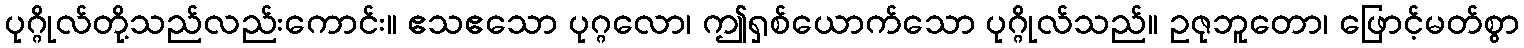
ပုဂ္ဂိုလ်တို့သည်လည်းကောင်း။ ဧသဧသော ပုဂ္ဂလော၊ ဤရှစ်ယောက်သော ပုဂ္ဂိုလ်သည်။ ဥဇုဘူတော၊ ဖြောင့်မတ်စွာ